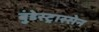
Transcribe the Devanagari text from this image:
बुंडेस्ट्रास्सेन